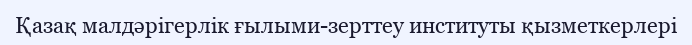
Қазақ малдәрігерлік ғылыми-зерттеу институты қызметкерлері